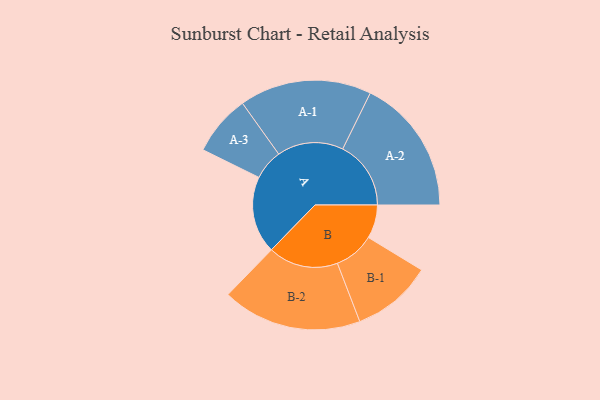
{"axis": {"x": "Segment", "y": "Value"}, "legend": ["", "A", "B"], "data": [{"x": "A", "y": 331, "type": ""}, {"x": "B", "y": 144, "type": ""}, {"x": "A-1", "y": 284, "type": "A"}, {"x": "A-2", "y": 293, "type": "A"}, {"x": "A-3", "y": 130, "type": "A"}, {"x": "B-1", "y": 173, "type": "B"}, {"x": "B-2", "y": 300, "type": "B"}]}